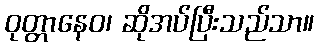
ဝုတ္တာနေဝ၊ ဆိုအပ်ပြီးသည်သာ။